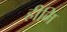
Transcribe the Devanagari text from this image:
हीमि